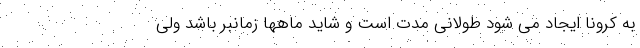
به کرونا ایجاد می شود طولانی مدت است و شاید ماهها زمانبر باشد ولی